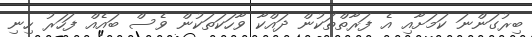
ބިރުގަންނަ ކަމަށާއި އެ ފަރާތްތަކުން ދައްކާ ވާހަކަތަކުން ވެސް ބައެއް ފަހަރު ހިނި